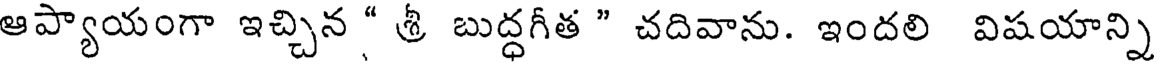
ఆప్యాయంగా ఇచ్చిన " శ్రీ బుద్ధగీత " చదివాను. ఇందలి విషయాన్ని